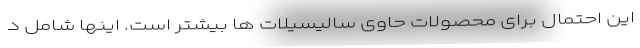
این احتمال برای محصولات حاوی سالیسیلات ها بیشتر است. اینها شامل د